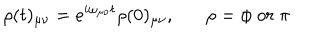
\rho ( t ) _ { \mu \nu } = e ^ { i \omega _ { \mu \nu } t } \rho ( 0 ) _ { \mu \nu } , \rho = \phi \; o r \; \pi